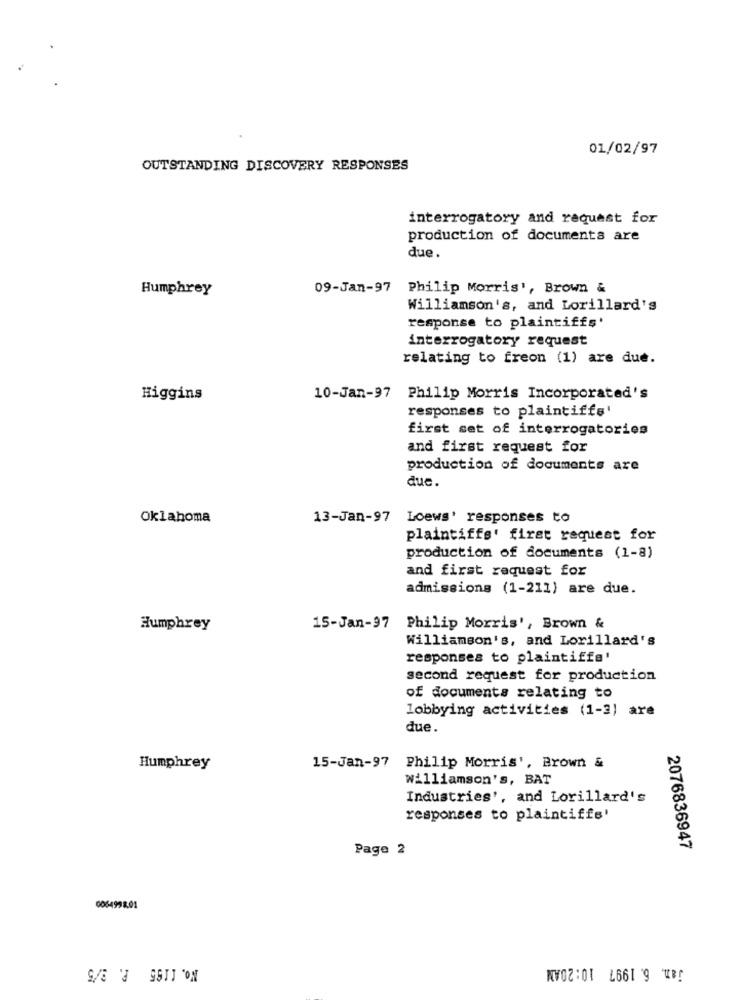
01/02/97
OUTSTANDING DISCOVERY RESPONSES
interrogatory and request for
production of documents are
due.
Humphrey
09-Jan-97 Philip Morris', Brown &
Williamson's, and Lorillard's
response to plaintiffs'
interrogatory request
relating to freon (1) are due.
Higgins
10-Jan-97 Philip Morris Incorporated's
responses to plaintiffs'
first set of interrogatories
and first request for
production of documents are
due.
Oklahoma
13-Jan-97
Loews' responses to
plaintiffs' first request for
production of documents (1-8)
and first request for
admissions (1-211) are due.
Humphrey
15-Jan-97 Philip Morris', Brown &
Williamson's, and Lorillard's
responses to plaintiffs'
second request for production
of documents relating to
lobbying activities (1-3) are
due.
Humphrey
15-Jan-97
Philip Morris', Brown &
williamson's, BAT
Industries', and Lorillard's
responses to plaintiffs'
Page 2
2076836947
0064992.01
jan. 6.1997 10:20AM